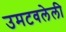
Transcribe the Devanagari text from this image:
उमटवलेली